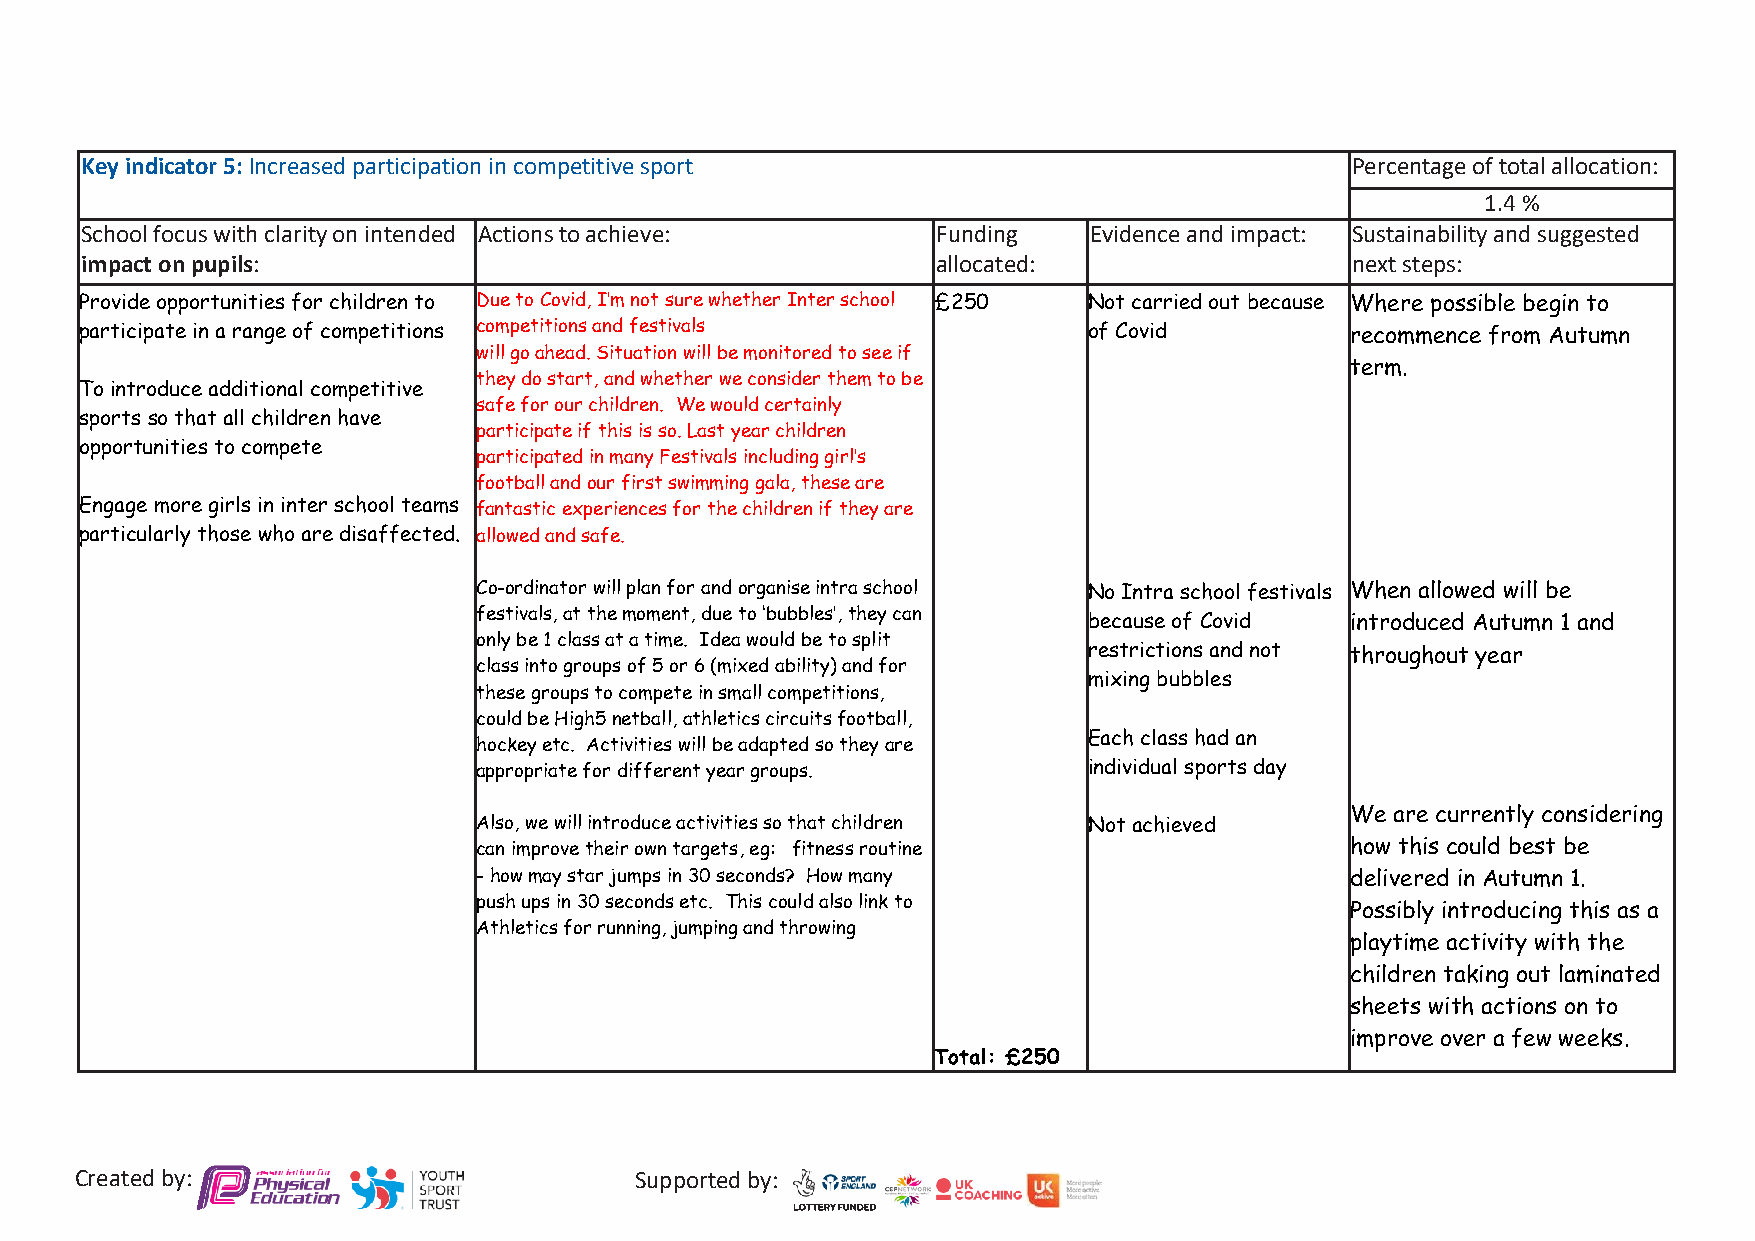
Key indicator 5: Increased participation in competitive sport                       Percentage of total allocation:
 1.4 %
 School focus with clarity on intended Actions to achieve: Funding  Evidence and impact: Sustainability and suggested
 impact on pupils:                                        allocated:                 next steps:
 Provide opportunities for children to Due to Covid, I’m not sure whether Inter school £250 Not carried out because Where possible begin to
 participate in a range of competitions competitions and festivals  of Covid         recommence from Autumn
 will go ahead. Situation will be monitored to see if
 term.
 they do start, and whether we consider them to be
 To introduce additional competitive
 safe for our children. We would certainly
 sports so that all children have
 participate if this is so. Last year children
 opportunities to compete
 participated in many Festivals including girl’s
 football and our first swimming gala, these are
 Engage more girls in inter school teams fantastic experiences for the children if they are
 particularly those who are disaffected. allowed and safe.
 Co-ordinator will plan for and organise intra school No Intra school festivals When allowed will be
 festivals, at the moment, due to ‘bubbles’, they can
 because of Covid introduced Autumn 1 and
 only be 1 class at a time. Idea would be to split
 restrictions and not throughout year
 class into groups of 5 or 6 (mixed ability) and for
 mixing bubbles
 these groups to compete in small competitions,
 could be High5 netball, athletics circuits football,
 Each class had an
 hockey etc. Activities will be adapted so they are
 appropriate for different year groups.  individual sports day
 We are currently considering
 Also, we will introduce activities so that children Not achieved
 can improve their own targets, eg: fitness routine       how this could best be
 - how may star jumps in 30 seconds? How many             delivered in Autumn 1.
 push ups in 30 seconds etc. This could also link to
 Possibly introducing this as a
 Athletics for running, jumping and throwing
 playtime activity with the
 children taking out laminated
 sheets with actions on to
 improve over a few weeks.
 Total: £250
 Created by:                          Supported by: